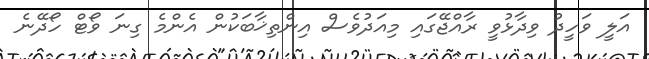
އަލީ ވަހީދު ވިދާޅުވީ ރާއްޖޭގައި މިއަދުވެސް އިންތިޚާބަކުން އެންމެ ގިނަ ވޯޓް ހޯދޭނެ